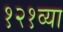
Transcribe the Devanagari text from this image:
१२१व्या